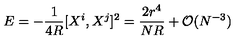
E = - \frac { 1 } { 4 R } [ X ^ { i } , X ^ { j } ] ^ { 2 } = \frac { 2 r ^ { 4 } } { N R } + { \cal O } ( N ^ { - 3 } )